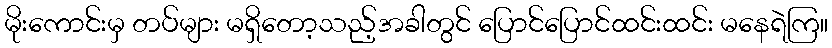
မိုးကောင်းမှ တပ်များ မရှိတော့သည့်အခါတွင် ပြောင်ပြောင်ထင်းထင်း မနေရဲကြ။